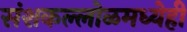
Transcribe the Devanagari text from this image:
संशकल्लोळमध्येही